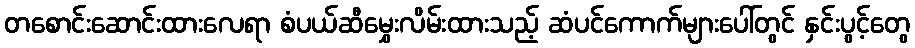
တစောင်းဆောင်းထားလေရာ စံပယ်ဆီမွှေးလိမ်းထားသည့် ဆံပင်ကောက်များပေါ်တွင် နှင်းပွင့်တွေ